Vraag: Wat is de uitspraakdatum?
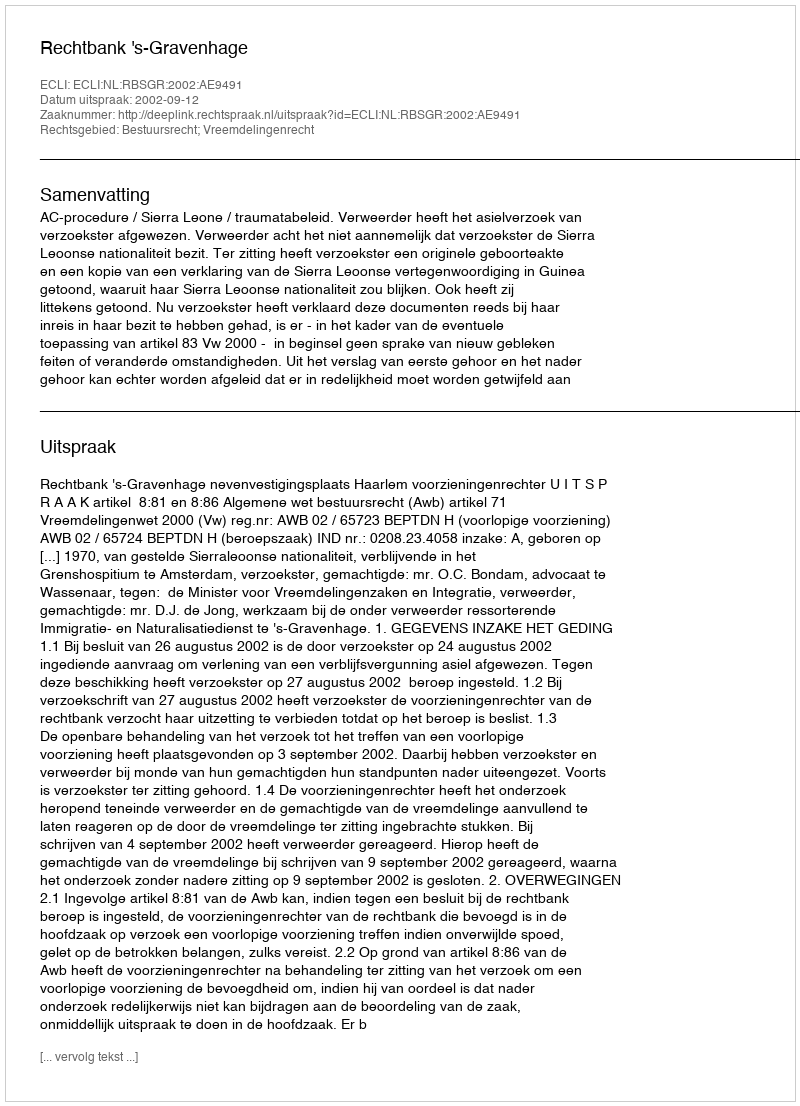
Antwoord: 2002-09-12